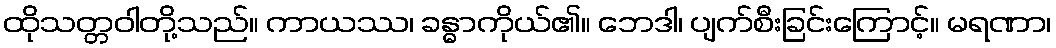
ထိုသတ္တဝါတို့သည်။ ကာယဿ၊ ခန္ဓာကိုယ်၏။ ဘေဒါ၊ ပျက်စီးခြင်းကြောင့်။ မရဏာ၊